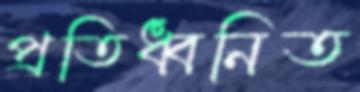
প্রতিধ্বনিত